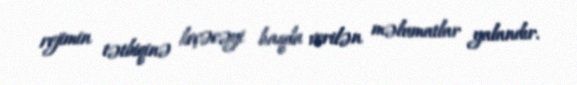
rejimin tətbiqinə keçəcəyi haqda verilən məlumatlar yalandır.